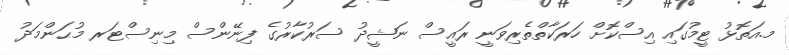
މ.އަތޮޅު ޓީމުގައި އިސްކޮށް ހަރަކާތްތެރިވަނީ ރައީސް ނަޝީދު ސަރުކާރުގެ ފިނޭންސް މިނިސްޓަރ މުޙަންމަދު